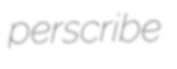
perscribe